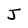
Character: J